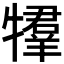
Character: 𤛰